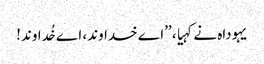
یہوداہ نے کہیا، ’’اے خداوند، اے خُداوند!